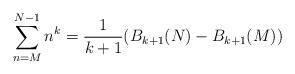
LaTeX: \begin{align*}\sum\limits_{n=M}^{N-1} n^{k}=\frac{1}{k+1} (B_{k+1}(N)-B_{k+1}(M))\end{align*}